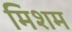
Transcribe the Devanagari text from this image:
मिशम